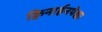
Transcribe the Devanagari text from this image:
क्विनाईनपेक्षा